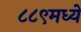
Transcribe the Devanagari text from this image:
८८९मध्ये